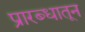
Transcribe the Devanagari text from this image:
प्रारब्धातून